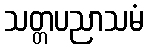
သတ္တပညာသမံ